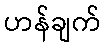
ဟန်ချက်